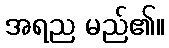
အရည မည်၏။